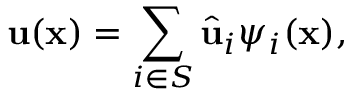
\mathbf { u } ( \mathbf { x } ) = \sum _ { i \in S } \widehat { \mathbf { u } } _ { i } \psi _ { i } ( \mathbf { x } ) ,